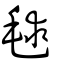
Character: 毬